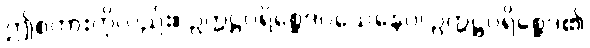
ဤစကားကိုလည်း။ ဥက္ကဋ္ဌပရိစ္ဆေဒဝသေနေဝ၊ ဥက္ကဋ္ဌပရိစ္ဆေဒ၏